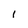
Character: I